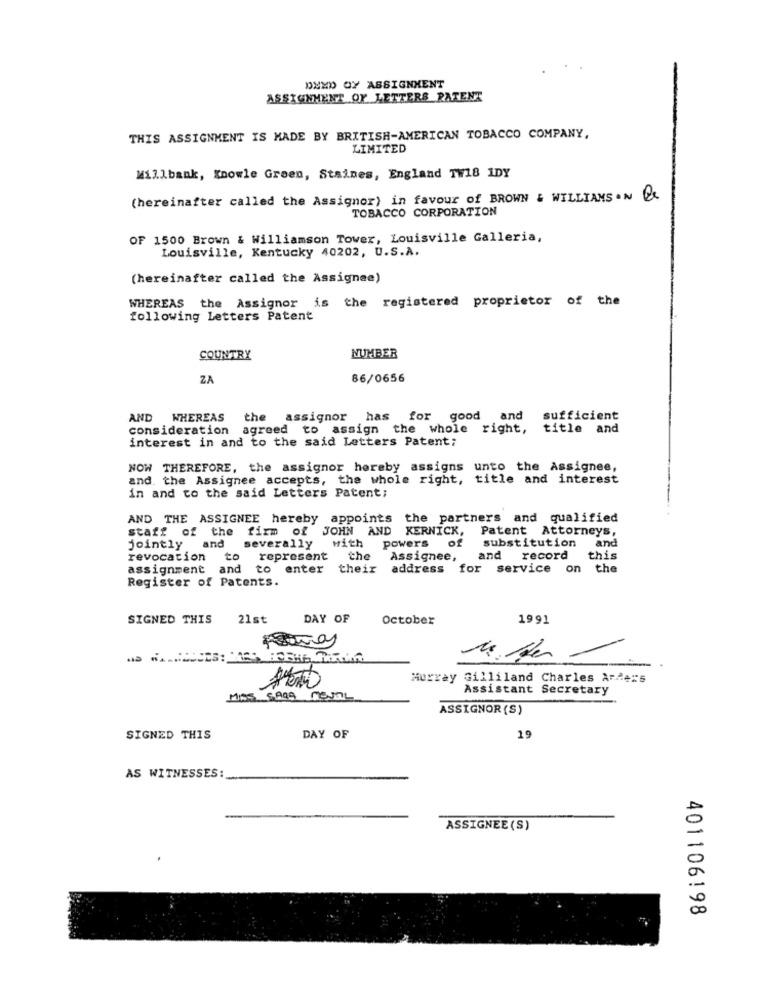
DEXD OY ASSIGNMENT
ASSIGNMENT OF LETTERS PATENT
THIS ASSIGNMENT IS MADE BY BRITISH-AMERICAN TOBACCO COMPANY,
LIMITED
Willbank, Knowle Green, Staines, England TW18 1DY
(hereinafter called the Assignor) in favour of BROWN & WILLIAMS ON Q
TOBACCO CORPORATION
OF 1500 Brown & Williamson Tower, Louisville Galleria,
Louisville, Kentucky 40202, U.S.A.
(hereinafter called the Assignee)
WHEREAS the Assignor is the registered proprietor of the
following Letters Patent
COUNTRY
NUMBER
ZA
86/0656
AND WHEREAS
the assignor has for good and
sufficient
consideration agreed to assign the whole right,
title and
interest in and to the said Letters Patent;
NOW THEREFORE, the assignor hereby assigns unto the Assignee,
and. the Assignee accepts, the whole right, title and interest
in and to the said Letters Patent;
AND THE ASSIGNEE hereby appoints the partners and qualified
staff of the
firm of JOHN AND KERNICK, Patent Attorneys,
powers of
substitution
and
jointly and
severally
with
revocation to represent
the
Assignee,
and record
this
assignment and
to enter their address for service on the
Register of Patents.
SIGNED THIS
21st
DAY OF
October
1991
Murray Gilliland Charles Anders
Assistant Secretary
MISS CAIS MOJAL
ASSIGNOR (S)
SIGNED THIS
DAY OF
19
AS WITNESSES:
ASSIGNEE (S)
401106198